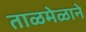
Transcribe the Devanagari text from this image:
ताळमेळाने